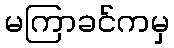
မကြာခင်ကမှ